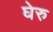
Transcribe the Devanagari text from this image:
घेरु